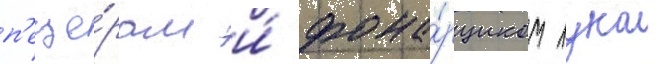
п'еще́рам и́ фона́рщиком лукои